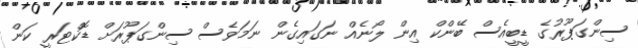
ސިންގަޕޫރުގެ ޑީބީއެސް ބޭންކް އިން ލޯނެއް ނަގައިގެން ނަމަވެސް ސިންގަޕޫރަށް ޑޮކްޓަރީ ކަން